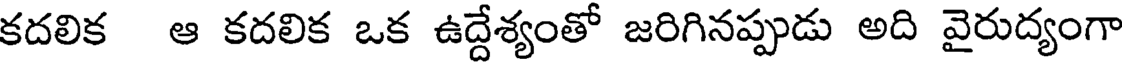
కదలిక ఆ కదలిక ఒక ఉద్దేశ్యంతో జరిగినప్పుడు అది వైరుద్యంగా